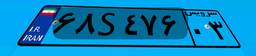
۶۸S۴۷۶۰۳